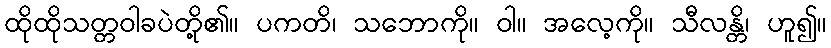
ထိုထိုသတ္တဝါခပဲတို့၏။ ပကတိ၊ သဘောကို။ ဝါ။ အလေ့ကို။ သီလန္တိ၊ ဟူ၍။